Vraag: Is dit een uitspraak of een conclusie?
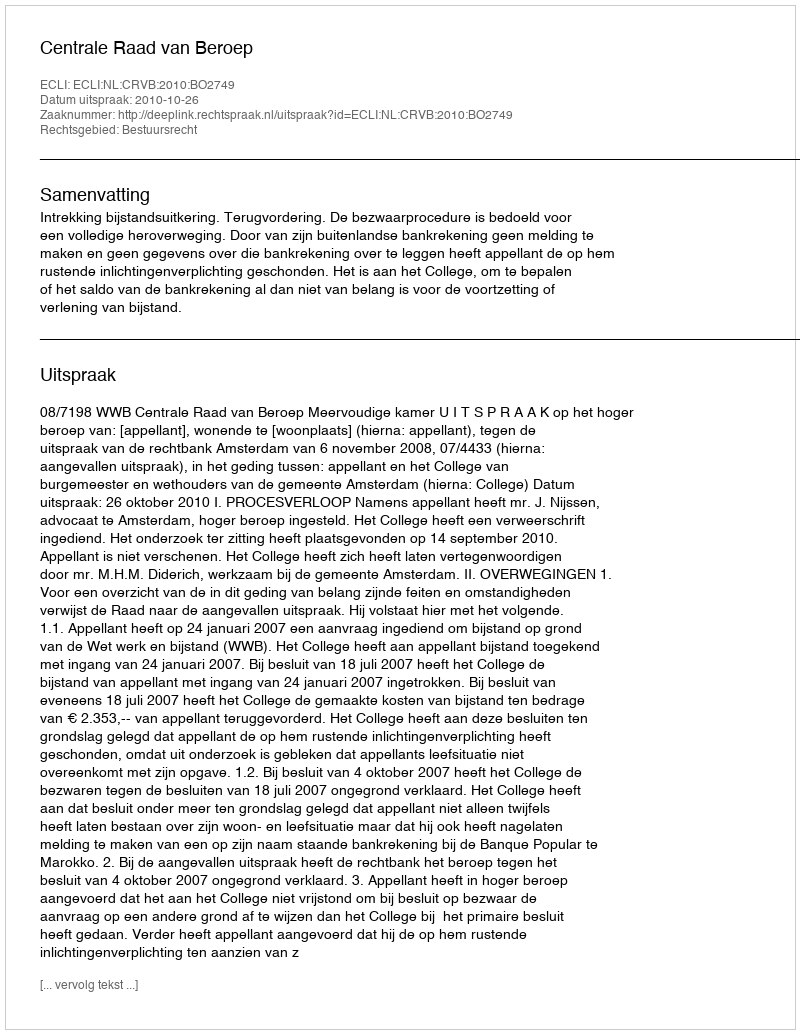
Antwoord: Uitspraak